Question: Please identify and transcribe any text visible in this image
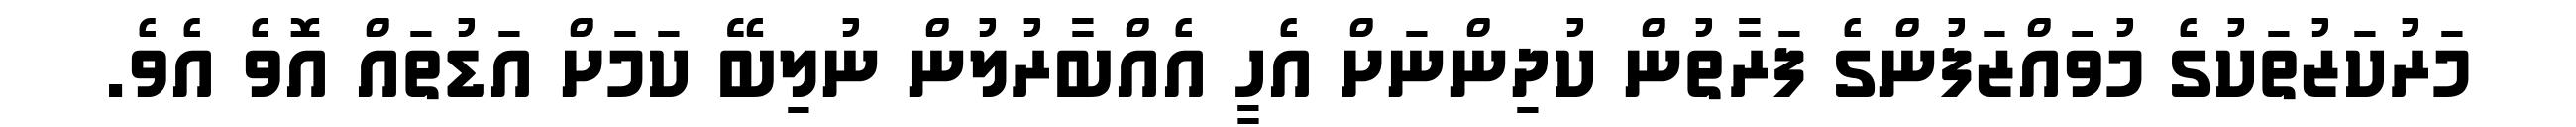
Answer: މަރުކަޒުތަކުގެ މުވައްޒަފުންގެ ފަރާތުން ކުދިންނަށް އެހީ އެއްބާރުލުން ނުލިބޭ ކަމަށް އަޑުތައް އޮވެ އެވެ.